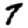
Digit: 7